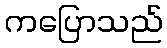
ကပြောသည်